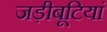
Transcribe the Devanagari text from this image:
जड़ीबूटियां